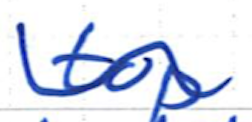
Text: top
Cross-out: wave
Writing tool: ballpoint